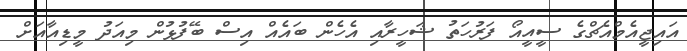
އައިޖީއެމްއެޗްގެ ސީއީއޯ ފަރުހަތު ޝަހީރާއި އެހެން ބައެއް އިސް ބޭފުޅުން މިއަދު މީޑިއާއަށް